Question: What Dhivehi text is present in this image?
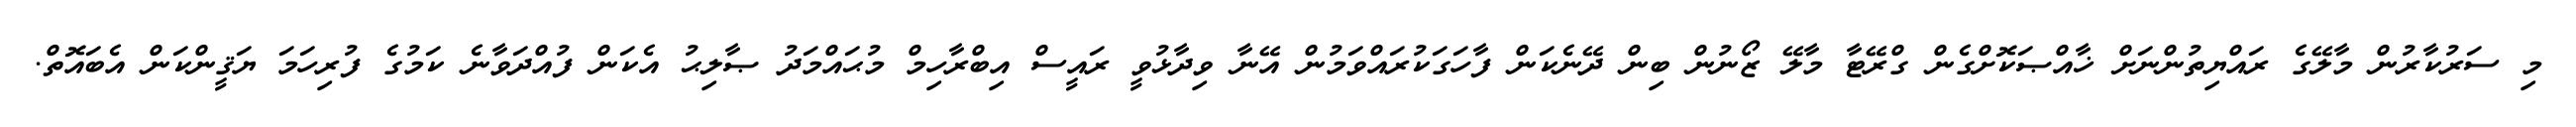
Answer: މި ސަރުކާރުން މާލޭގެ ރައްޔިތުންނަށް ޚާއްޞަކޮށްގެން ގްރޭޓާ މާލޭ ޒޯނުން ބިން ދޭނެކަން ފާހަގަކުރައްވަމުން އޭނާ ވިދާޅުވީ ރައީސް އިބްރާހިމް މުޙައްމަދު ޞާލިޙު އެކަން ފުއްދަވާނެ ކަމުގެ ފުރިހަމަ ޔަޤީންކަން އެބައޮތް.